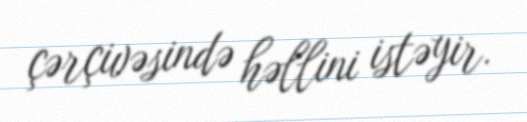
çərçivəsində həllini istəyir.